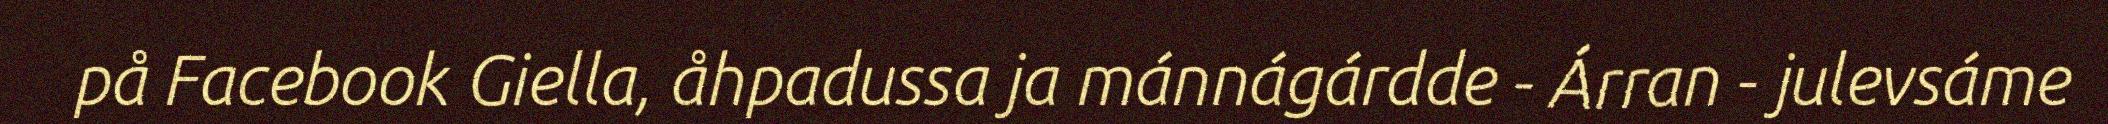
på Facebook Giella, åhpadussa ja mánnágárdde - Árran - julevsáme